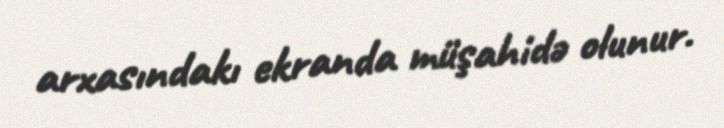
arxasındakı ekranda müşahidə olunur.